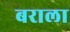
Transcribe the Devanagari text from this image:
बराला